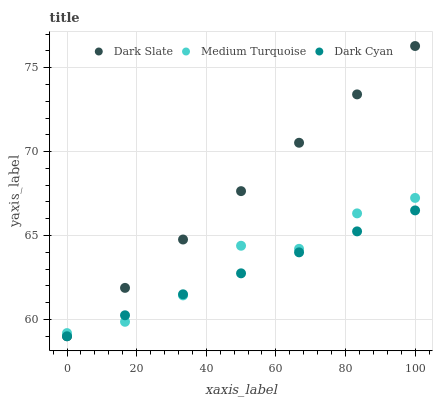
| xaxis_label | Dark Slate | Medium Turquoise | Dark Cyan |
 | --- | --- | --- | --- |
 | 0 | 59 | 59.2 | 59 |
 | 16.7 | 61.9 | 59.9 | 60.2 |
 | 33.3 | 64.8 | 61.4 | 61.5 |
 | 50 | 67.6 | 64.4 | 62.7 |
 | 66.7 | 70.5 | 64.2 | 64 |
 | 83.3 | 73.4 | 66.3 | 65.2 |
 | 100 | 76.3 | 67.2 | 66.5 |